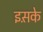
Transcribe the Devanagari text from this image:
इस़के